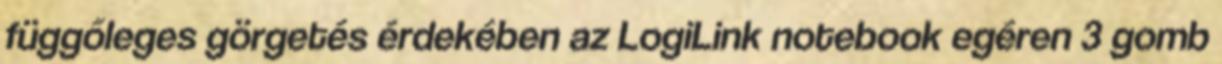
függőleges görgetés érdekében az LogiLink notebook egéren 3 gomb